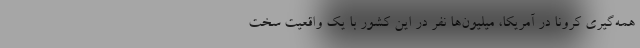
همه‌گیری کرونا در آمریکا، میلیون‌ها نفر در این کشور با یک واقعیت سخت